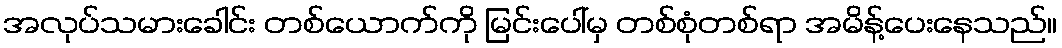
အလုပ်သမားခေါင်း တစ်ယောက်ကို မြင်းပေါ်မှ တစ်စုံတစ်ရာ အမိန့်ပေးနေသည်။